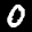
Label: 0